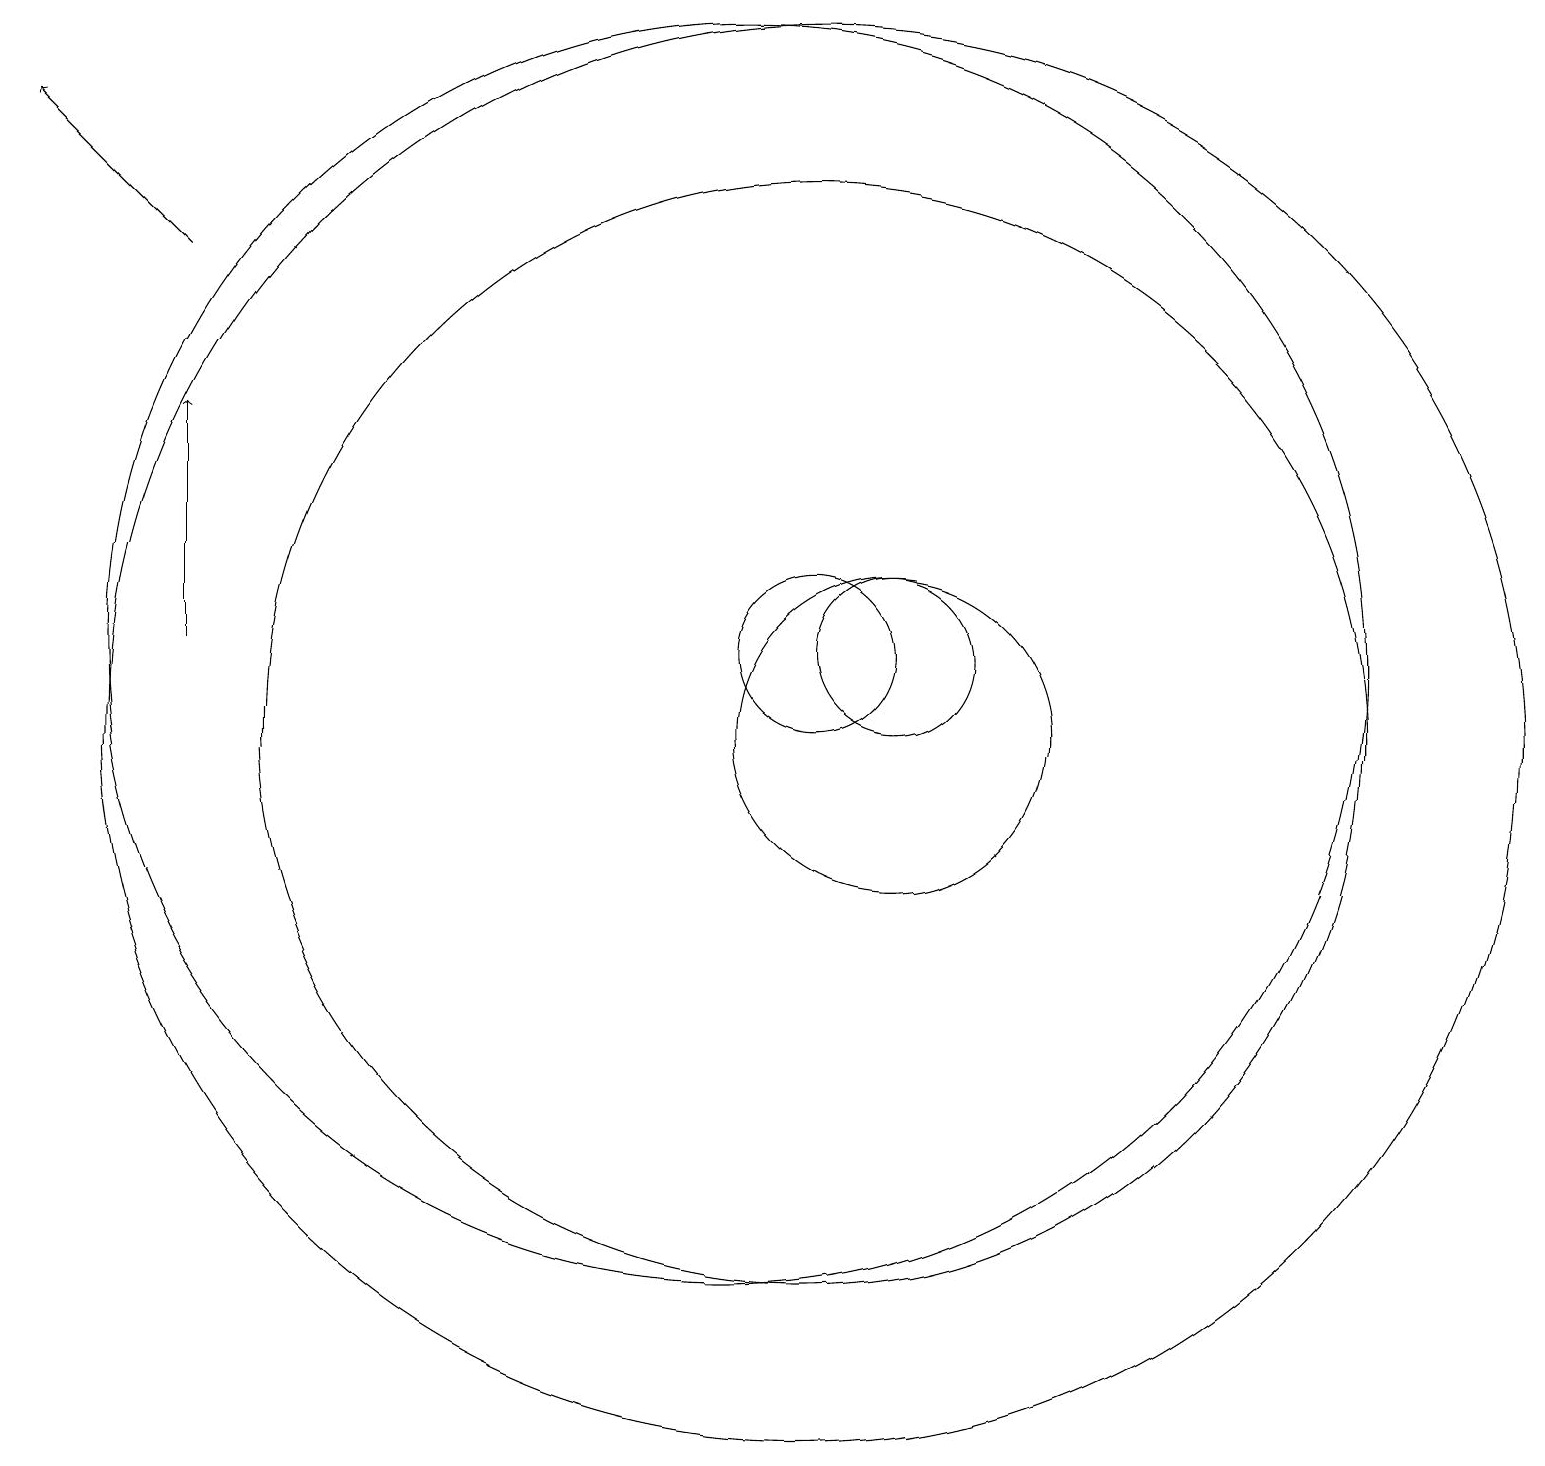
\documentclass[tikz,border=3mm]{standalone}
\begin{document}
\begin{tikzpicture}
\draw (12,11) circle (1);
\draw (11,11) circle (1);
\draw[->] (3,16) -- (1,18);
\draw[->] (3,11) -- (3,14);
\draw (12,10) circle (2);
\draw (11,10) circle (7);
\draw (10,11) circle (8);
\draw (11,10) circle (9);
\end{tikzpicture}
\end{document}